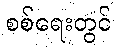
စစ်ရေးတွင်